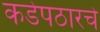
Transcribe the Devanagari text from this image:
कडेपठारचे